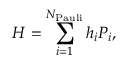
H = \sum _ { i = 1 } ^ { N _ { \mathrm { P a u l i } } } h _ { i } P _ { i } ,